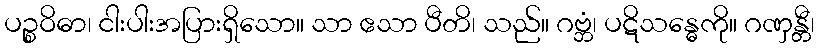
ပဉ္စဝိဓာ၊ ငါးပါးအပြားရှိသော။ သာ ဧသာ ပီတိ၊ သည်။ ဂဗ္ဘံ၊ ပဋိသန္ဓေကို။ ဂဏှန္တီ၊